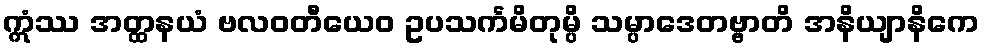
ဣံဿ အတ္ထနယံ ဗလဝတီယေဝ ဥပသင်္ကမိတုမ္ပိ သမ္ပာဒေတဗ္ဗာတိ အနိယျာနိကေ